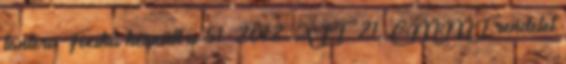
tanterv Fizika készült a 51 2012. XII. 21. EMMI rendelet